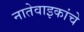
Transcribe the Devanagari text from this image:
नातेवाइकांचे